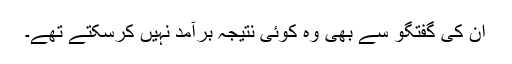
ان کی گفتگو سے بھی وہ کوئی نتیجہ برآمد نہیں کرسکتے تھے۔